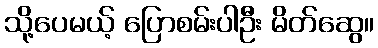
သို့ပေမယ့် ပြောစမ်းပါဦး မိတ်ဆွေ။